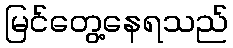
မြင်တွေ့နေရသည်